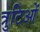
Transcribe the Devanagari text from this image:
त्रुटिओं